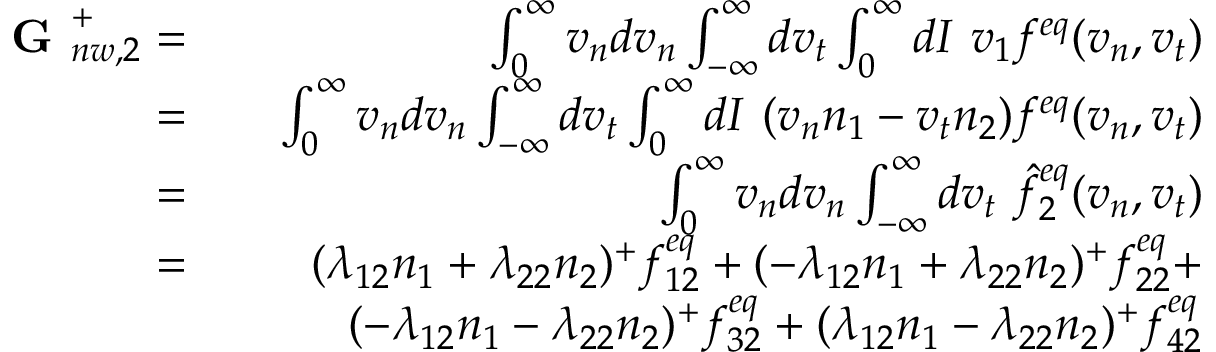
\begin{array} { r l r } { \textbf { G } _ { n w , 2 } ^ { + } = } & { } & { \int _ { 0 } ^ { \infty } v _ { n } d v _ { n } \int _ { - \infty } ^ { \infty } d v _ { t } \int _ { 0 } ^ { \infty } d I \ v _ { 1 } f ^ { e q } ( v _ { n } , v _ { t } ) } \\ { = } & { } & { \int _ { 0 } ^ { \infty } v _ { n } d v _ { n } \int _ { - \infty } ^ { \infty } d v _ { t } \int _ { 0 } ^ { \infty } d I \ ( v _ { n } n _ { 1 } - v _ { t } n _ { 2 } ) f ^ { e q } ( v _ { n } , v _ { t } ) } \\ { = } & { } & { \int _ { 0 } ^ { \infty } v _ { n } d v _ { n } \int _ { - \infty } ^ { \infty } d v _ { t } \ \hat { f } _ { 2 } ^ { e q } ( v _ { n } , v _ { t } ) } \\ { = } & { } & { ( \lambda _ { 1 2 } n _ { 1 } + \lambda _ { 2 2 } n _ { 2 } ) ^ { + } f _ { 1 2 } ^ { e q } + ( - \lambda _ { 1 2 } n _ { 1 } + \lambda _ { 2 2 } n _ { 2 } ) ^ { + } f _ { 2 2 } ^ { e q } + } \\ & { } & { ( - \lambda _ { 1 2 } n _ { 1 } - \lambda _ { 2 2 } n _ { 2 } ) ^ { + } f _ { 3 2 } ^ { e q } + ( \lambda _ { 1 2 } n _ { 1 } - \lambda _ { 2 2 } n _ { 2 } ) ^ { + } f _ { 4 2 } ^ { e q } } \end{array}